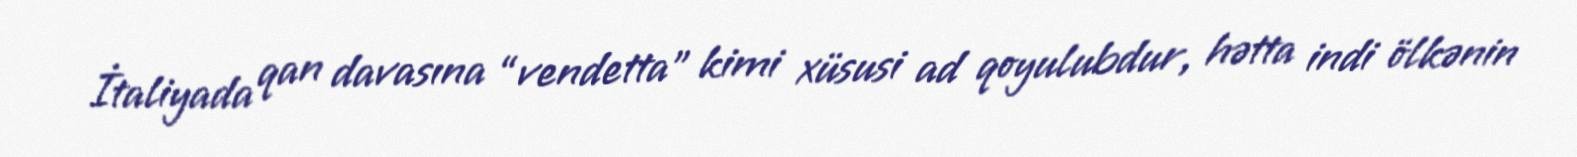
İtaliyada qan davasına “vendetta” kimi xüsusi ad qoyulubdur, hətta indi ölkənin